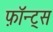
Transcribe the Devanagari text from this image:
फ़ॉन्ट्‍स